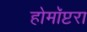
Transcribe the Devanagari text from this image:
होमॉप्टरा